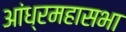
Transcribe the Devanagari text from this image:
आंध्रमहासभा